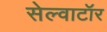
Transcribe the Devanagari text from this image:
सेल्वाटॉर